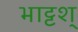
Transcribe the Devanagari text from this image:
भाट्टश्